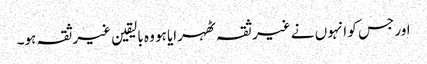
اور جس کو انہوں نے غیر ثقہ ٹھہرایا ہو وہ بالیقین غیرثقہ ہو۔